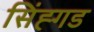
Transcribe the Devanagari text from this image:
सिंह्गड